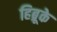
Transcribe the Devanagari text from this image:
हिब्रूके